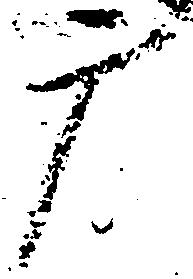
广